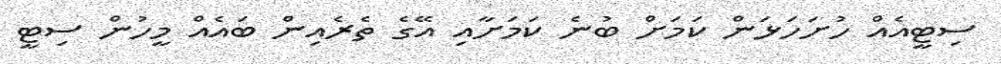
ސިޓީއެއް ހުށަހަޅަން ކަމަށް ބުނެ ކަމަށާއި އޭގެ ތެރެއިން ބައެއް މީހުން ސިޓީ